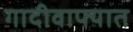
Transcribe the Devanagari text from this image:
गादीवाफ्यात